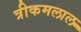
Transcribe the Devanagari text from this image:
त्रीकमलाल